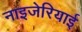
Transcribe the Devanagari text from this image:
नाइजेरियाई